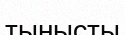
тынысты